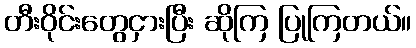
တီးဝိုင်းတွေငှားပြီး ဆိုကြ ပြုကြတယ်။